Report of the Indian Hemp Drugs Commission, 1894-1895 - Volume V
Year: 1894
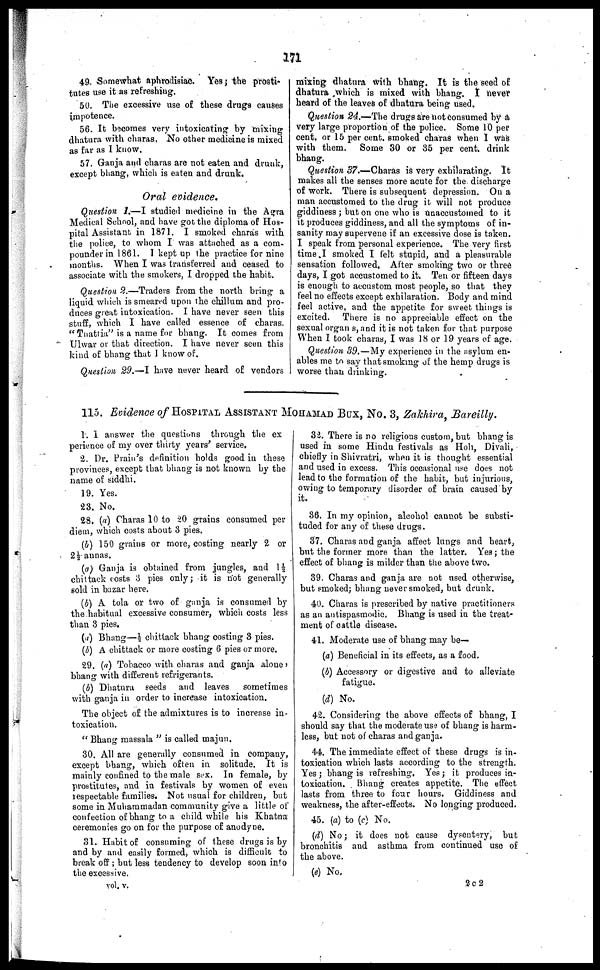
171
49 Somewhat aphrodisiac. Yes; the prosti-
tutes use it as refreshing.
50. The excessive use of these drugs causes
impotence.
56. It becomes very intoxicating by mixing
dhatura with charas. No other medicine is mixed
as far as I know.
57. Ganja and charas are not caten and drunk,
except bhang, which is eaten and drunk.
Oral evidence.
Question 1.—I studied medicine in the Agra
Medical School, and have got the diploma of Hos-
pital Assistant in 1871. I smoked charas with
the police, to whom I was attached as a com-
pounder in 1861. I kept up the practice for nine
months. When I was transferred and ceased to
associate with the smokers, I dropped the habit.
Question 2.—Traders from the north bring a
liquid which is smeared upon the chillum and pro-
duces great intoxication. I have never seen this
stuff, which I have called essence of charas.
"Tnattia" is a name for bhang. It comes from
Ulwar or that direction. I have never seen this
kind of bhang that I know of.
Question 29.—I have never heard of vendors
mixing dhatura with bhang. It is the seed of
dhatura which is mixed with bhang. I never
heard of the leaves of dhatura being used.
Question 24.—The drugs are not consumed by a
very large proportion of the police. Some 10 per
cent, or 15 per cent. smoked charas when I was
with them. Some 30 or 85 per cent. drink
bhang.
Question 37.—Charas is very exhilarating. It
makes all the senses more acute for the discharge
of work. There is subsequent depression. On a
man accustomed to the drug it will not produce
giddiness; but on one who is unaccustomed to it
it produces giddiness, and all the symptoms of in-
sanity may supervene if an excessive dose is taken.
I speak from personal experience. The very first
time. I smoked I felt stupid, and a pleasurable
sensation followed, After smoking two or three
days, I got accustomed to it. Ten or fifteen days
is enough to accustom most people, so that they
feel no effects except exhilaration. Body and mind
feel active, and the appetite for sweet things is
excited. There is no appreciable effect on the
sexual organs, and it is not taken for that purpose
When I took charas, I was 18 or 19 years of age.
Question 39.—My experience in the asylum en-
ables me to say that smoking of the hemp drugs is
worse than drinking.
115. Evidence of HOSPITAL ASSISTANT MOHAMAD BUX, NO. 3, Zakhira, Bareilly.
1. 1 answer the questions through the ex
perience of my over thirty years' service.
2. Dr. Prain's definition holds good in these
provinces, except that bhang is not known by the
name of siddhi.
19. Yes.
23. No.
28. (a) Charas 10 to 20 grains consumed per
diem, which costs about 3 pies.
(b) 150 grains or more, costing nearly 2 or
2½ annas.
(a) Ganja is obtained from jungles, and 1½
chittack costs 3 pies only; it is not generally
sold in bazar here.
(6) A tola or two of ganja is consumed by
the habitual excessive consumer, which costs less
than 3 pies.
(a) Bhang—½ chittack bhang costing 3 pies.
(b) A chittack or more costing 6 pies or more.
29. (a) Tobacco with charas and ganja alone,
bhang with different refrigerants.
(b) Dhatura seeds and leaves
sometimes
with ganja in order to increase intoxication.
The object of the admixtures is to increase in-
toxication.
"Bhang massala" is called majun.
30. All are generally consumed in company,
except bhang, which often in solitude. It is
mainly confined to the male sex. In female, by
prostitutes, and in festivals by women of even
respectable families. Not usual for children, but
some in Muhammadan community give a little of
confection of bhang to a child while his Khatna
ceremonies go on for the purpose of anodyne.
81. Habit of consuming of these drugs is by
and by and easily formed, which is difficult to
break off; but less tendency to develop soon info
the excessive.
32. There is no religious custom, but bhang is
used in some Hindu festivals as Hoh, Divali,
chiefly in Shivratri, when it is thought essential
and used in excess. This occasional use does not
lead to the formation of the habit, but injurious,
owing to temporary disorder of brain caused by
it.
36. In my opinion, alcohol cannot be substi-
tuded for any of these drugs.
37. Charas and ganja affect lungs and heart,
but the former more than the latter. Yes; the
effect of bhang is milder than the above two.
39. Charas and ganja are not used otherwise,
but smoked; bhang never smoked, but drunk.
40. Charas is prescribed by native practitioners
as an antispasmodic. Bhang is used in the treat-
ment of cattle disease,
41. Moderate use of bhang may be—
(a) Beneficial in its effects, as a food.
(b) Accessory or digestive and to alleviate
fatigue.
(d) No.
42. Considering the above effects of bhang, I
should say that the moderate use of bhang is harm-
less, but not of charas and ganja.
44. The immediate effect of these drugs is in-
toxication which lasts according to the strength
Yes; bhang is refreshing. Yes; it produces in-
toxication. Bhang creates appetite. The effect
lasts from three to four hours. Giddiness and
weakness, the after-effects. No longing produced.
45. (a) to (c) No.
(d) No; it does not cause dysentery, but
bronchitis and asthma from continued use of
the above.
(e) No.
vol. v.
2 c 2